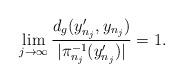
LaTeX: \begin{align*}\lim_{j \rightarrow \infty} \frac{d_g(y_{n_j}',y_{n_j})}{|\pi_{n_j}^{-1}(y_{n_j}')|}=1.\end{align*}